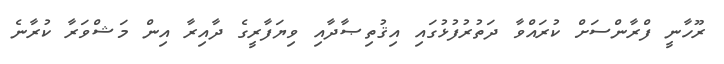
ރޫހާނީ ފްރާންސަށް ކުރައްވާ ދަތުރުފުޅުގައި އިޤުތިޞާދާއި ވިޔަފާރީގެ ދާއިރާ އިން މަޝްވަރާ ކުރާނެ